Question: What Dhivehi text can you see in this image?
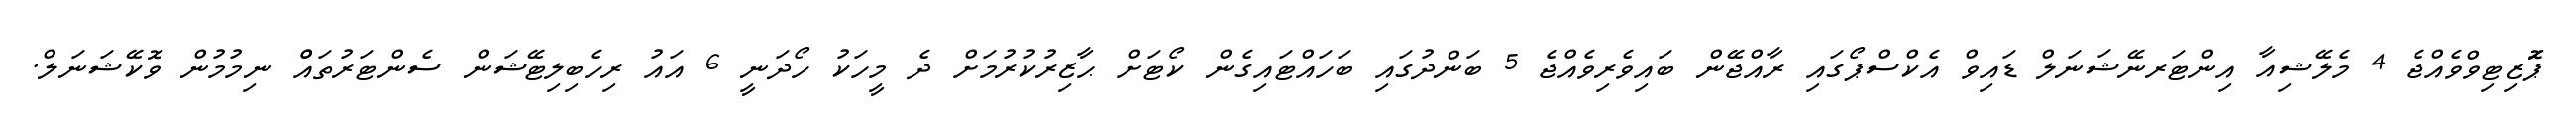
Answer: ޕަޮޒިޓިވްވެއްޖެ 4 މެލޭޝިއާ އިންޓަރނޭޝަނަލް ޑައިވް އެކްސްޕޯގައި ރާއްޖޭން ބައިވެރިވެއްޖެ 5 ބަންދުގައި ބަހައްޓައިގެން ކޯޓަށް ޙާޒިރުކުރުމަށް ދެ މީހަކު ހޯދަނީ 6 އައު ރިހެބިލިޓޭޝަން ސެންޓަރުތައްް ނިމުމުން ވޮކޭޝަނަލް.